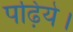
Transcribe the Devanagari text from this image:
पढ़िये।